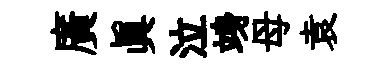
廣真泣竧母袁